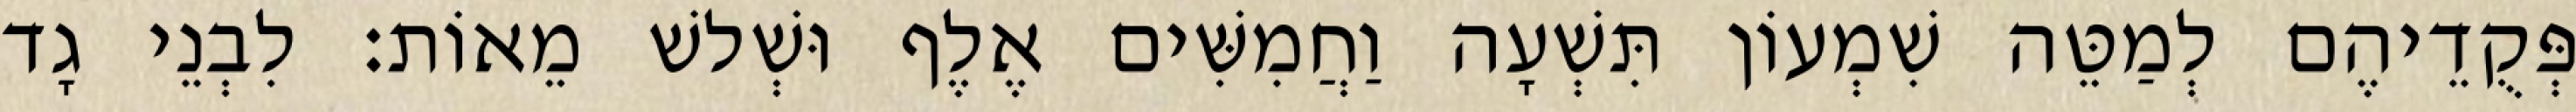
פְּקֻדֵיהֶם לְמַטֵּה שִׁמְעוֹן תִּשְׁעָה וַחֲמִשִּׁים אֶלֶף וּשְׁלשׁ מֵאוֹת׃ לִבְנֵי גָד